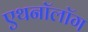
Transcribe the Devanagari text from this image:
एथनॉलॉग